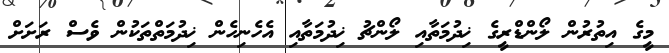
މީގެ އިތުރުން ލޯންޑްރީގެ ޚިދުމަތާއި ލޯންޗު ޚިދުމަތާއި އެހެނިހެން ޚިދުމަތްތަކުން ވެސް ރަށަށް